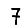
Digit: 7